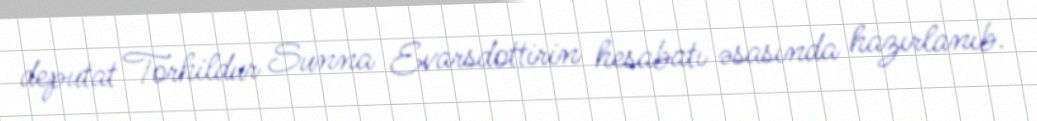
deputat Torhildur Sunna Evarsdottirin hesabatı əsasında hazırlanıb.